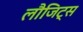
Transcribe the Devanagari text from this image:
लौजिट्स